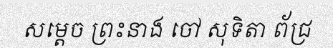
សម្តេច ព្រះនាង ចៅ សុទិតា ព័ជ្រ